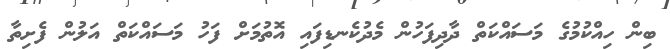
ބިން ހިއްކުމުގެ މަސައްކަތް ދާދިފަހުން މެދުކެނޑިފައި އޮތުމަށް ފަހު މަސައްކަތް އަލުން ފެށިތާ